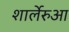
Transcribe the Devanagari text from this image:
शार्लेरुआ